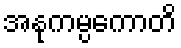
အနုကမ္ပကောတိ